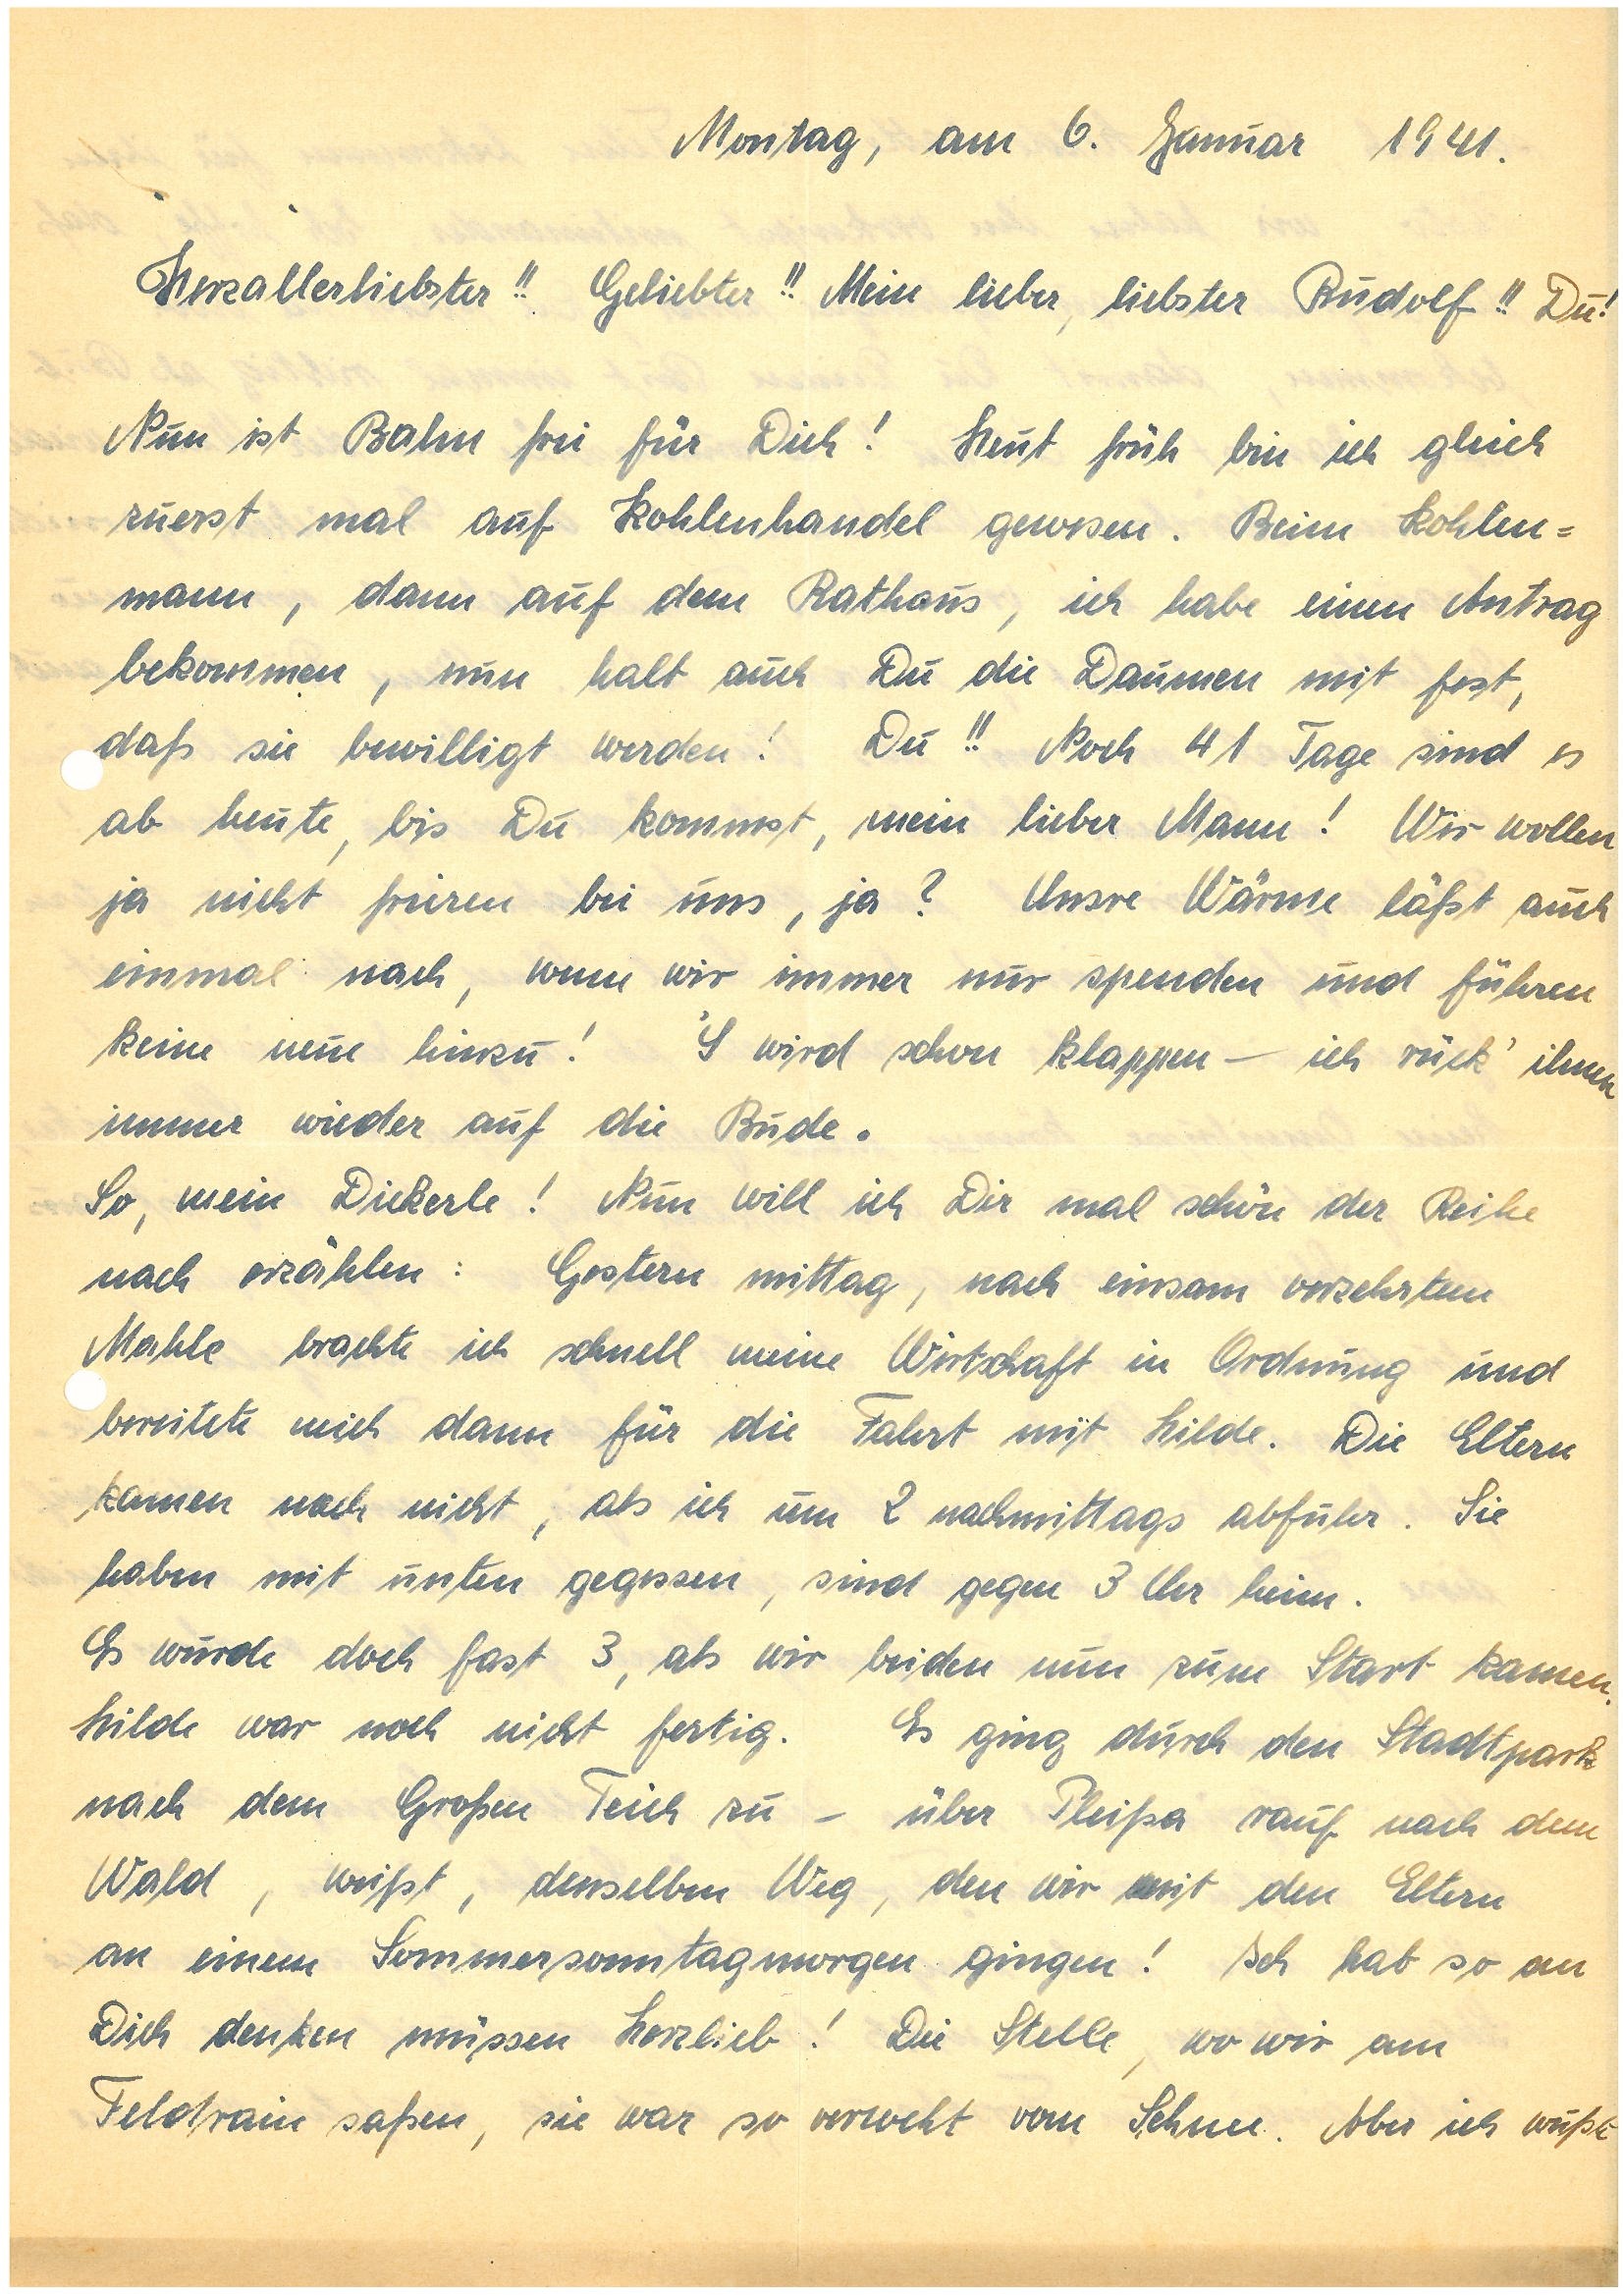
Montag, am 6. Januar 1941.
Herzallerliebster!! Geliebter!! Mein lieber, liebster !! Du!
Nun ist Bahn frei für Dich! Heut früh bin ich gleich
zuerst mal auf Kohlenhandel gewesen. Beim Kohlen¬
mann, dann auf dem Rathaus, ich habe einen Antrag
bekommen, nun halt auch Du die Daumen mit fest,
daß sie bewilligt werden! Du!! Noch 41 Tage sind es
ab heute, bis Du kommst, mein lieber Mann! Wir wollen
ja nicht frieren bei uns, ja? Unsre Wärme läßt auch
einmal nach, wenn wir immer nur spenden und führen
keine neue hinzu! ’S wird schon klappen – ich rück’ ihnen
immer wieder auf die Bude.
So, mein Dickerle! Nun will ich Dir mal schön der Reihe
nach erzählen: Gestern mittag, nach einsam verzehrtem
Mahle brachte ich schnell meine Wirtschaft in Ordnung und
bereitete mich dann für die Fahrt mit Hilde. Die Eltern
kamen noch nicht, als ich um 2 nachmittags abfuhr. Sie
haben mit unten gegessen, sind gegen 3 Uhr heim.
Es wurde doch fast 3, als wir beiden nun zum Start kamen.
Hilde war noch nicht fertig. Es ging durch den Stadtpark
nach dem Großen Teich zu – über P. rauf nach dem
Wald, weißt, denselben Weg, den wir mit den Eltern
an einem Sommersonntagmorgen gingen! Ich hab so an
Dich denken müssen Herzlieb! Die Stelle, wo wir am
Feldrain saßen, die war so verweht vom Schnee. Aber ich wußte